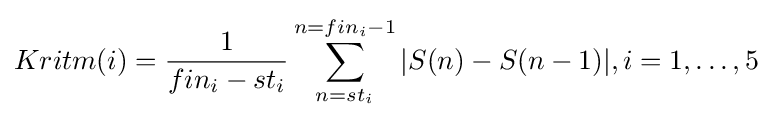
Kritm(i)={\frac {1}{fin_{i}-st_{i}}}\sum _{n=st_{i}}^{n=fin_{i}-1}|S(n)-S(n-1)|,i=1,\dots ,5